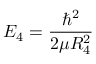
E _ { 4 } = \frac { \hbar ^ { 2 } } { 2 \mu R _ { 4 } ^ { 2 } }